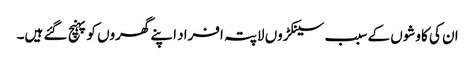
ان کی کاوشوں کے سبب سینکڑوں لاپتہ افراد اپنے گھروں کو پہنچ گئے ہیں۔